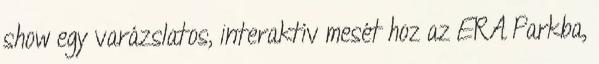
show egy varázslatos, interaktív mesét hoz az ERA Parkba,